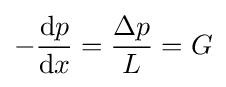
-{\frac {\mathrm {d} p}{\mathrm {d} x}}={\frac {\Delta p}{L}}=G